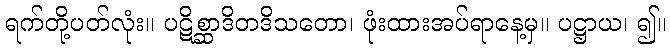
ရက်တို့ပတ်လုံး။ ပဋိစ္ဆာဒိတဒိသတော၊ ဖုံးထားအပ်ရာနေ့မှ။ ပဋ္ဌာယ၊ ၍။